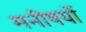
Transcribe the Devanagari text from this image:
मनीषयों